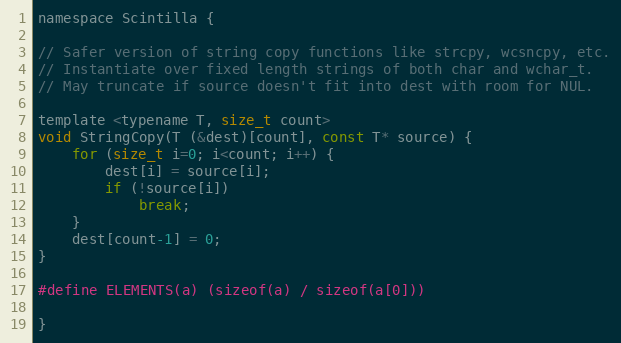
Language: C
namespace Scintilla {

// Safer version of string copy functions like strcpy, wcsncpy, etc.
// Instantiate over fixed length strings of both char and wchar_t.
// May truncate if source doesn't fit into dest with room for NUL.

template <typename T, size_t count>
void StringCopy(T (&dest)[count], const T* source) {
	for (size_t i=0; i<count; i++) {
		dest[i] = source[i];
		if (!source[i])
			break;
	}
	dest[count-1] = 0;
}

#define ELEMENTS(a) (sizeof(a) / sizeof(a[0]))

}